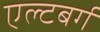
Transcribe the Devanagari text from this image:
एल्टबर्ग